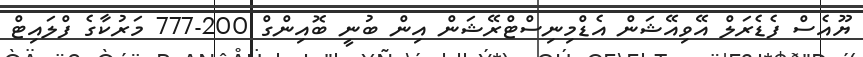
ޔޫއެސް ފެޑެރަލް އޭވިއޭޝަން އެޑްމިނިސްޓްރޭޝަން އިން ބުނީ ބޮއިންގް 200-777 މަރުކާގެ ފްލައިޓް